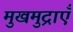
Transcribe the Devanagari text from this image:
मुखमुद्राएँ